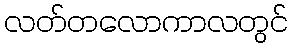
လတ်တလောကာလတွင်